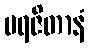
ပရဇိတာနံ